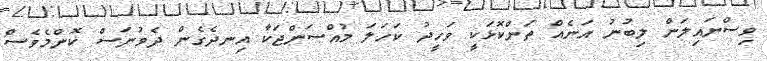
ވިސްނައިލަން ލިބުނު އަނެއް ތަންކޮޅަކީ ވަހީދު ކަހަލަ މުއްސަންޖަކާ އިނދެގެން ދެވުނަސް ކޮންމެވެސް